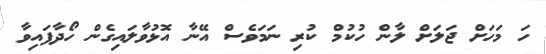
ހަ މަހަށް ޖަލަށް ލާން ހުކުމް ކުރި ނަމަވެސް އޭނާ އޮޅުވާލައިގެން ހޯދާފައިވާ